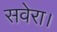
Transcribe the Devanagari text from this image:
सवेरा।